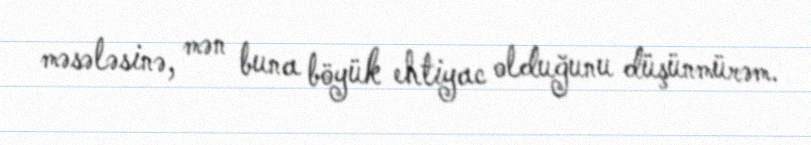
məsələsinə, mən buna böyük ehtiyac olduğunu düşünmürəm.